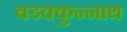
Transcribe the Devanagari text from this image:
वडक्कुन्नाथ